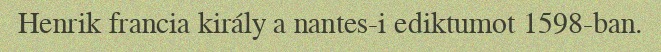
Henrik francia király a nantes-i ediktumot 1598-ban.